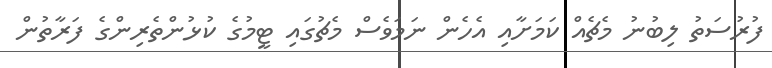
ފުރުސަތު ލިބުނު މެޗެއް ކަމަށާއި އެހެން ނަމަވެސް މެޗުގައި ޓީމުގެ ކުޅުންތެރިންގެ ފަރާތުން